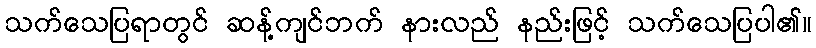
သက်သေပြရာတွင် ဆန့်ကျင်ဘက် နားလည် နည်းဖြင့် သက်သေပြပါ၏။